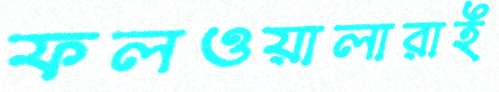
ফলওয়ালারাই